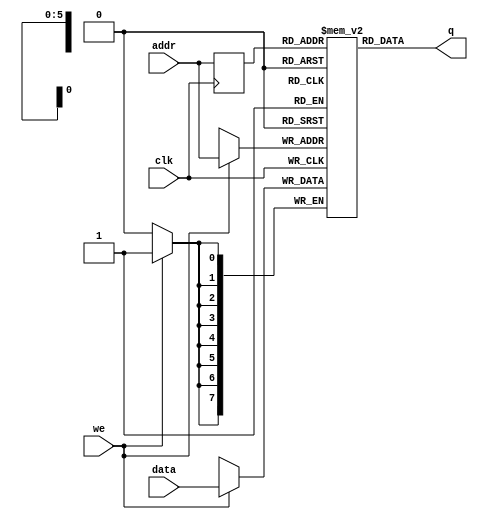
module single_port_ram_mem
#(parameter DATA_WIDTH=8, parameter ADDR_WIDTH=6)
(
	input [(DATA_WIDTH-1):0] data,
	input [(ADDR_WIDTH-1):0] addr,
	input we, clk,
	output [(DATA_WIDTH-1):0] q
);

	// Declare the RAM variable
	reg [DATA_WIDTH-1:0] ram[2**ADDR_WIDTH-1:0];

	// Variable to hold the registered read address
	reg [ADDR_WIDTH-1:0] addr_reg;

	always @ (posedge clk)
	begin
		// Write
		if (we)
			ram[addr] <= data;

		addr_reg <= addr;
	end
	 
	assign q = ram[addr_reg];

endmodule